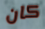
كان